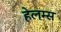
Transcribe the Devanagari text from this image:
हेलम्स